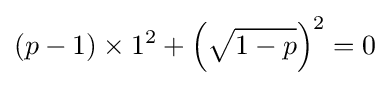
(p-1)\times 1^{2}+\left({\sqrt {1-p}}\right)^{2}=0